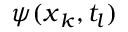
\psi ( \boldsymbol { x } _ { k } , t _ { l } )